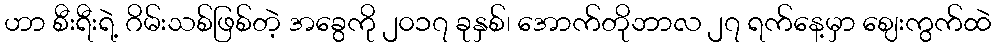
ဟာ စီးရီးရဲ့ ဂိမ်းသစ်ဖြစ်တဲ့ အခွေကို ၂၀၁၇ ခုနှစ်၊ အောက်တိုဘာလ ၂၇ ရက်နေ့မှာ ဈေးကွက်ထဲ